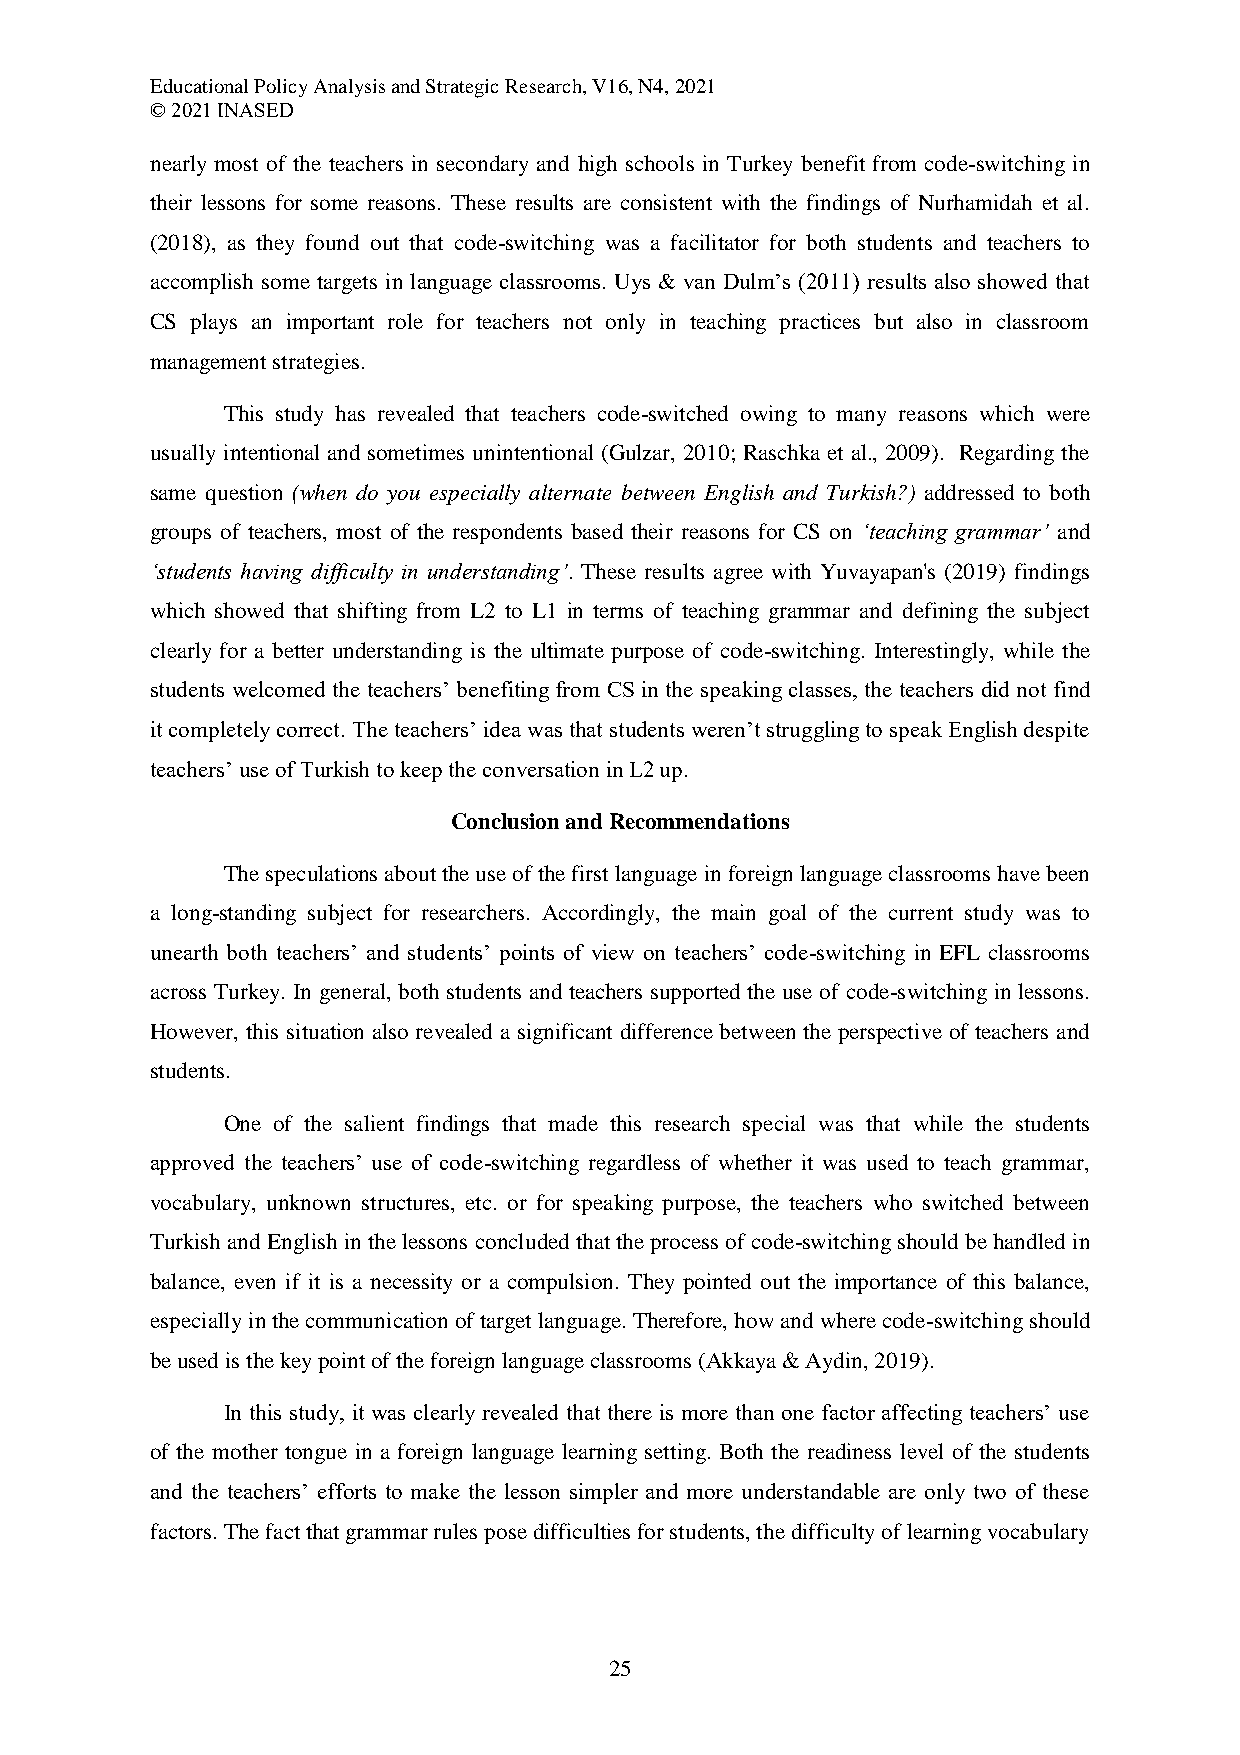
Educational Policy Analysis and Strategic Research, V16, N4, 2021
 © 2021 INASED
 nearly most of the teachers in secondary and high schools in Turkey benefit from code-switching in
 their lessons for some reasons. These results are consistent with the findings of Nurhamidah et al.
 (2018), as they found out that code-switching was a facilitator for both students and teachers to
 accomplish some targets in language classrooms. Uys & van Dulm’s (2011) results also showed that
 CS plays an important role for teachers not only in teaching practices but also in classroom
 management strategies.
 This study has revealed that teachers code-switched owing to many reasons which were
 usually intentional and sometimes unintentional (Gulzar, 2010; Raschka et al., 2009). Regarding the
 same question (when do you especially alternate between English and Turkish?) addressed to both
 groups of teachers, most of the respondents based their reasons for CS on ‘teaching grammar’ and
 ‘students having difficulty in understanding’. These results agree with Yuvayapan's (2019) findings
 which showed that shifting from L2 to L1 in terms of teaching grammar and defining the subject
 clearly for a better understanding is the ultimate purpose of code-switching. Interestingly, while the
 students welcomed the teachers’ benefiting from CS in the speaking classes, the teachers did not find
 it completely correct. The teachers’ idea was that students weren’t struggling to speak English despite
 teachers’ use of Turkish to keep the conversation in L2 up.
 Conclusion and Recommendations
 The speculations about the use of the first language in foreign language classrooms have been
 a long-standing subject for researchers. Accordingly, the main goal of the current study was to
 unearth both teachers’ and students’ points of view on teachers’ code-switching in EFL classrooms
 across Turkey. In general, both students and teachers supported the use of code-switching in lessons.
 However, this situation also revealed a significant difference between the perspective of teachers and
 students.
 One of the salient findings that made this research special was that while the students
 approved the teachers’ use of code-switching regardless of whether it was used to teach grammar,
 vocabulary, unknown structures, etc. or for speaking purpose, the teachers who switched between
 Turkish and English in the lessons concluded that the process of code-switching should be handled in
 balance, even if it is a necessity or a compulsion. They pointed out the importance of this balance,
 especially in the communication of target language. Therefore, how and where code-switching should
 be used is the key point of the foreign language classrooms (Akkaya & Aydin, 2019).
 In this study, it was clearly revealed that there is more than one factor affecting teachers’ use
 of the mother tongue in a foreign language learning setting. Both the readiness level of the students
 and the teachers’ efforts to make the lesson simpler and more understandable are only two of these
 factors. The fact that grammar rules pose difficulties for students, the difficulty of learning vocabulary
 25